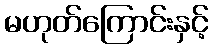
မဟုတ်ကြောင်းနှင့်